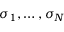
\sigma _ { 1 } , \dots , \sigma _ { N }